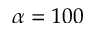
\alpha = 1 0 0